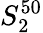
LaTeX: S_{2}^{50}